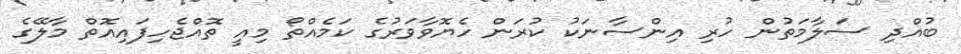
ބުއްދި ސަލާމަތުން ހުރި އިންސާނަކު ކުރަން ހެޔޮވާވަރުގެ ކަމެއްތޯ މިއީ ތޮއްޖެހިފައިއޮތް މާލޭގެ